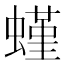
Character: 螼